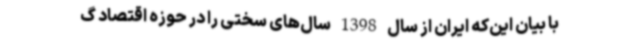
با بیان این‌که ایران از سال 1398 سال‌های سختی را در حوزه اقتصاد گ